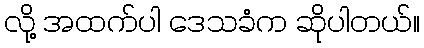
လို့ အထက်ပါ ဒေသခံက ဆိုပါတယ်။